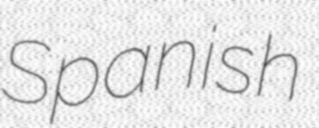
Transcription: Spanish